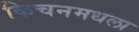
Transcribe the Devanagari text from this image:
किचनमधला